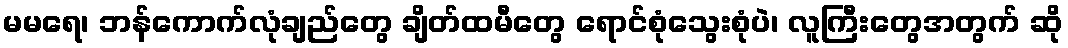
မမရေ၊ ဘန်ကောက်လုံချည်တွေ ချိတ်ထမီတွေ ရောင်စုံသွေးစုံပဲ၊ လူကြီးတွေအတွက် ဆို